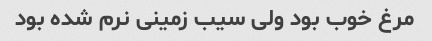
مرغ خوب بود ولی سیب زمینی نرم شده بود